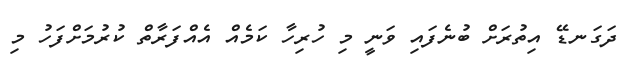
ދަގަނޑޭ އިތުރަށް ބުނެފައި ވަނީ މި ހުރިހާ ކަމެއް އެއްފަރާތް ކުރުމަށްފަހު މި